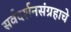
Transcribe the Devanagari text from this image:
सर्वदर्शनसंग्रहाचे